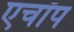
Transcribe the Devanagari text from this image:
एचॉप